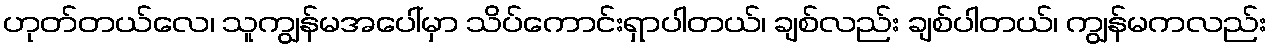
ဟုတ်တယ်လေ၊ သူကျွန်မအပေါ်မှာ သိပ်ကောင်းရှာပါတယ်၊ ချစ်လည်း ချစ်ပါတယ်၊ ကျွန်မကလည်း